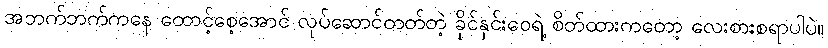
အဘက်ဘက်ကနေ ထောင့်စေ့အောင် လုပ်ဆောင်တတ်တဲ့ ခိုင်နှင်းဝေရဲ့ စိတ်ထားကတော့ လေးစားစရာပါပဲ။